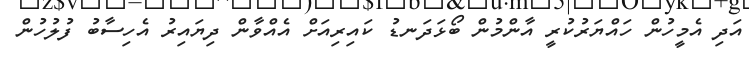
އަދި އެމީހުން ހައްޔަރުކުރީ އާންމުން ބޯޅަދަނޑު ކައިރިއަށް އެއްވާން ދިޔައިރު އެހިސާބު ފުލުހުން